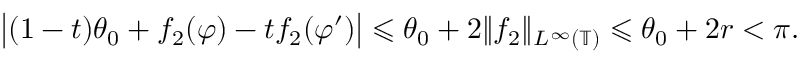
\big | ( 1 - t ) \theta _ { 0 } + f _ { 2 } ( \varphi ) - t f _ { 2 } ( \varphi ^ { \prime } ) \big | \leqslant \theta _ { 0 } + 2 \| f _ { 2 } \| _ { L ^ { \infty } ( \mathbb { T } ) } \leqslant \theta _ { 0 } + 2 r < \pi .